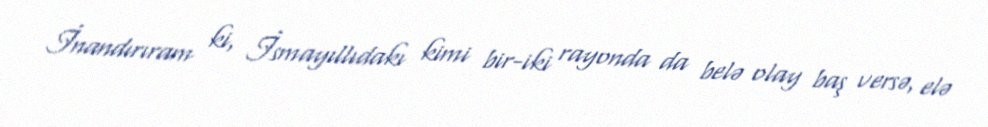
İnandırıram ki, İsmayıllıdakı kimi bir-iki rayonda da belə olay baş versə, elə